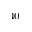
^ { 4 0 }